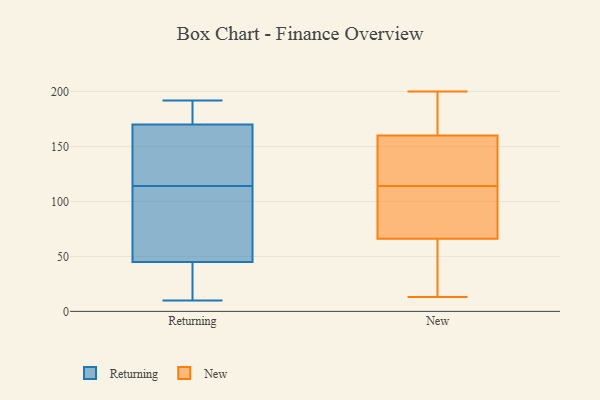
{"axis": {"x": "Net Income (USD K)", "y": "Value"}, "legend": ["New", "Returning"], "data": [{"x": "", "y": 32, "type": "Returning"}, {"x": "", "y": 119, "type": "Returning"}, {"x": "", "y": 179, "type": "Returning"}, {"x": "", "y": 137, "type": "Returning"}, {"x": "", "y": 103, "type": "Returning"}, {"x": "", "y": 32, "type": "Returning"}, {"x": "", "y": 69, "type": "Returning"}, {"x": "", "y": 45, "type": "Returning"}, {"x": "", "y": 10, "type": "Returning"}, {"x": "", "y": 170, "type": "Returning"}, {"x": "", "y": 182, "type": "Returning"}, {"x": "", "y": 192, "type": "Returning"}, {"x": "", "y": 133, "type": "Returning"}, {"x": "", "y": 109, "type": "Returning"}, {"x": "", "y": 66, "type": "New"}, {"x": "", "y": 82, "type": "New"}, {"x": "", "y": 154, "type": "New"}, {"x": "", "y": 174, "type": "New"}, {"x": "", "y": 55, "type": "New"}, {"x": "", "y": 200, "type": "New"}, {"x": "", "y": 131, "type": "New"}, {"x": "", "y": 50, "type": "New"}, {"x": "", "y": 54, "type": "New"}, {"x": "", "y": 136, "type": "New"}, {"x": "", "y": 97, "type": "New"}, {"x": "", "y": 13, "type": "New"}, {"x": "", "y": 186, "type": "New"}, {"x": "", "y": 95, "type": "New"}, {"x": "", "y": 167, "type": "New"}, {"x": "", "y": 139, "type": "New"}, {"x": "", "y": 160, "type": "New"}, {"x": "", "y": 66, "type": "New"}]}